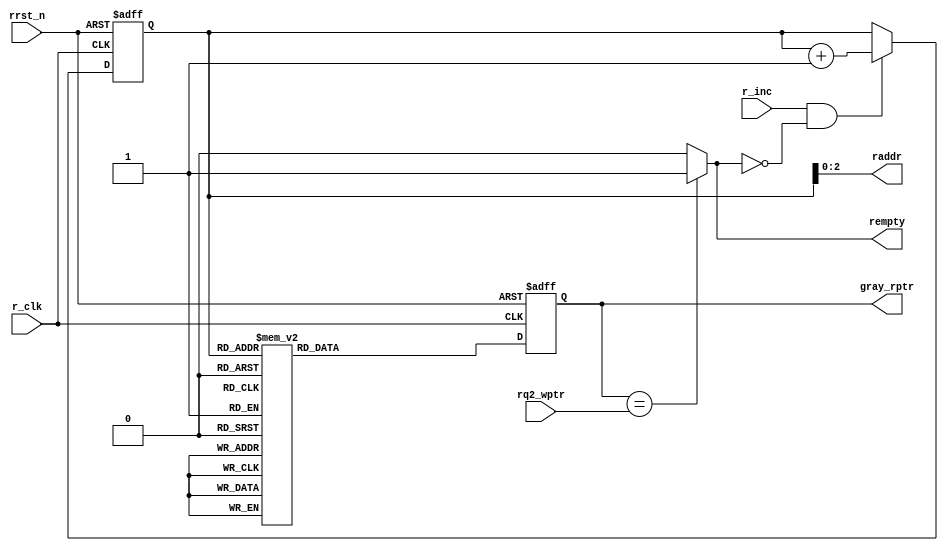
module ASYNC_FIFO_RD #(parameter ptr_width = 4 , parameter add_width = 3)(
	input wire 						r_inc ,
	input wire						r_clk ,
	input wire						rrst_n ,
	input wire [ptr_width - 1 : 0]	rq2_wptr ,
	output reg						rempty,
	output wire [add_width - 1 : 0] raddr ,
	output reg [ptr_width - 1 : 0]	gray_rptr	
);


reg [ptr_width - 1 : 0]	rptr ;

always @ (posedge r_clk or negedge rrst_n)
begin
	if (!rrst_n)
		begin
			rptr <= 0 ;
		end
	else
		begin
			if (r_inc && !rempty)
				begin
					rptr <= rptr + 1 ;
				end
		end
end

/* Read Address */
assign raddr = rptr[ ptr_width - 2 : 0 ] ;

always @ (*)
begin
/* Empty Flag Logic */
	if (gray_rptr == rq2_wptr)
		begin
			rempty = 1'b1 ;
		end
	else
		begin
			rempty = 1'b0 ;
		end
end

/* Binary To Gray Logic */
always @ (posedge r_clk or negedge rrst_n)
begin
	if (!rrst_n)
		begin
			gray_rptr <= 0 ;
		end
	else
		begin
			case (rptr)
				'b0000 : gray_rptr <= 'b0000 ;
				'b0001 : gray_rptr <= 'b0001 ;
				'b0010 : gray_rptr <= 'b0011 ;
				'b0011 : gray_rptr <= 'b0010 ;
				'b0100 : gray_rptr <= 'b0110 ;
				'b0101 : gray_rptr <= 'b0111 ;
				'b0110 : gray_rptr <= 'b0101 ;
				'b0111 : gray_rptr <= 'b0100 ;
				'b1000 : gray_rptr <= 'b1100 ;
				'b1001 : gray_rptr <= 'b1101 ;
				'b1010 : gray_rptr <= 'b1111 ;
				'b1011 : gray_rptr <= 'b1110 ;
				'b1100 : gray_rptr <= 'b1010 ;
				'b1101 : gray_rptr <= 'b1011 ;
				'b1110 : gray_rptr <= 'b1001 ;
				'b1111 : gray_rptr <= 'b1000 ;
			endcase
		end
	
end

endmodule